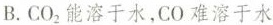
B.CO_2能溶于水，CO难溶于水